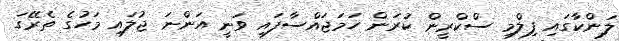
ލަންކާގައި ފިލްމި ސްކްރީން ކުރަން ހަމަޖައްސާފައި ވަނީ އަންނަ ޖުލައި މަހުގެ ތެރޭގަ